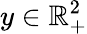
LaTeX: y\in\mathbb{R}_{+}^{2}